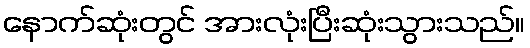
နောက်ဆုံးတွင် အားလုံးပြီးဆုံးသွားသည်။